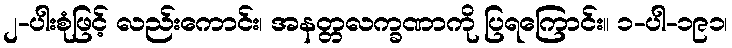
၂-ပါးစုံဖြင့် လည်းကောင်း၊ အနတ္တလက္ခဏာကို ပြရကြောင်း။ ၁-ပါ-၁၉၁၊